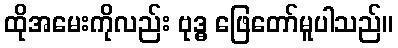
ထိုအမေးကိုလည်း ဗုဒ္ဓ ဖြေတော်မူပါသည်။